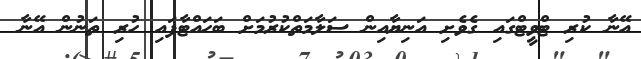
އޭނާ ކުރި ޓްވީޓްގައި ގެވެށި އަނިޔާއިން ސަލާމަތްކުރުމަށް ބަހައްޓާފައި ހުރި ތަނުން އޭނާ